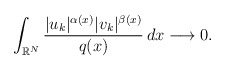
\begin{align*} \int_{\mathbb{R}^{N}}\frac{|u_k|^{\alpha(x)}|v_k|^{\beta(x)}}{q(x)}\,dx\longrightarrow 0.\end{align*}